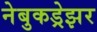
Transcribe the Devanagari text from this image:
नेबुकड्रेझर